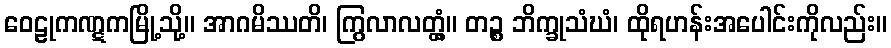
ဝေဠုကဏ္ဋကမြို့သို့။ အာဂမိဿတိ၊ ကြွလာလတ္တံ့။ တဉ္စ ဘိက္ခုသံဃံ၊ ထိုရဟန်းအပေါင်းကိုလည်း။